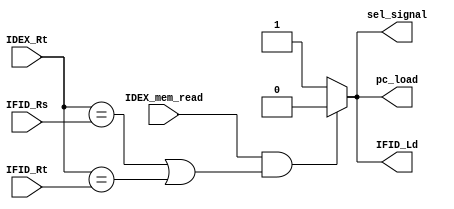
module hazard_detection_unit(IDEX_mem_read, IDEX_Rt, IFID_Rs, IFID_Rt, sel_signal, IFID_Ld, pc_load);
    input IDEX_mem_read;
    input [4:0] IDEX_Rt, IFID_Rs, IFID_Rt;
    output reg sel_signal, IFID_Ld, pc_load;

    always @(IDEX_mem_read, IDEX_Rt, IFID_Rs, IFID_Rt)
    begin
        sel_signal <= 1'b1;
        IFID_Ld <= 1'b1;
        pc_load <= 1'b1;

        if (IDEX_mem_read && ((IDEX_Rt == IFID_Rs) || (IDEX_Rt == IFID_Rt)) ) begin
            sel_signal <= 1'b0;
            IFID_Ld <= 1'b0; 
            pc_load <= 1'b0;
        end
    end
endmodule